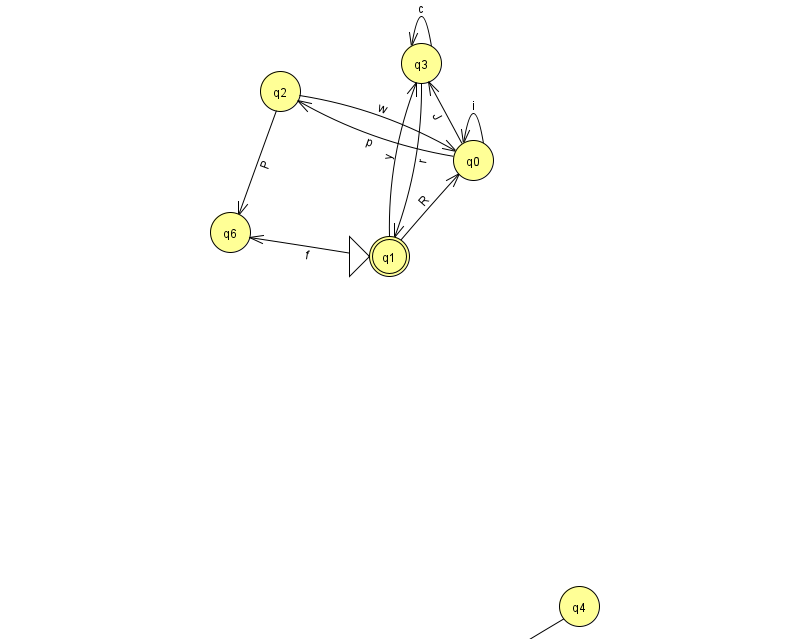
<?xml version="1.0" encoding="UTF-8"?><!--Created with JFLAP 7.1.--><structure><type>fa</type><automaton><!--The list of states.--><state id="0" name="q0"><x>473.0</x><y>147.0</y></state><state id="1" name="q1"><x>389.0</x><y>243.0</y><initial/><final/></state><state id="2" name="q2"><x>280.0</x><y>78.0</y></state><state id="3" name="q3"><x>421.0</x><y>50.0</y></state><state id="4" name="q4"><x>579.0</x><y>593.0</y></state><state id="5" name="q5"><x>483.0</x><y>651.0</y></state><state id="6" name="q6"><x>230.0</x><y>219.0</y></state><!--The list of transitions.--><transition><from>1</from><to>3</to><read>y</read></transition><transition><from>3</from><to>3</to><read>c</read></transition><transition><from>2</from><to>6</to><read>P</read></transition><transition><from>1</from><to>6</to><read>f</read></transition><transition><from>3</from><to>1</to><read>r</read></transition><transition><from>4</from><to>5</to><read>R</read></transition><transition><from>0</from><to>0</to><read>i</read></transition><transition><from>0</from><to>3</to><read>J</read></transition><transition><from>2</from><to>0</to><read>w</read></transition><transition><from>1</from><to>0</to><read>R</read></transition><transition><from>0</from><to>2</to><read>p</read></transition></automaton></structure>